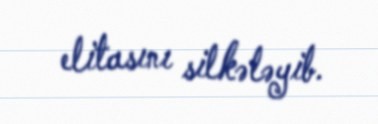
elitasını silkələyib.